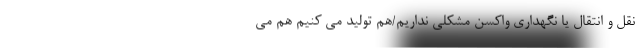
نقل و انتقال یا نگهداری واکسن مشکلی نداریم/هم تولید می کنیم هم می